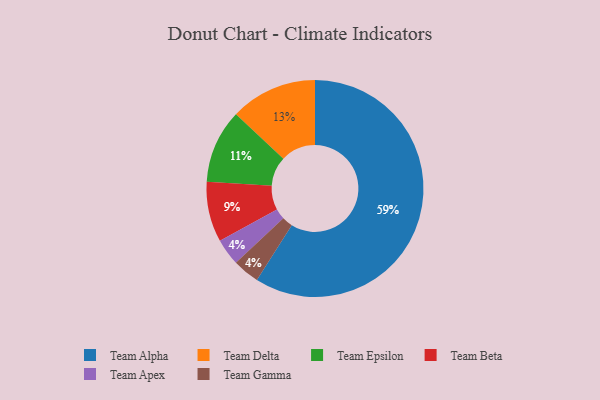
{"axis": {"x": "Category", "y": "Percentage"}, "legend": ["Team Alpha", "Team Apex", "Team Beta", "Team Delta", "Team Epsilon", "Team Gamma"], "data": [{"x": "Team Epsilon", "y": 11, "type": "Team Epsilon"}, {"x": "Team Beta", "y": 9, "type": "Team Beta"}, {"x": "Team Apex", "y": 4, "type": "Team Apex"}, {"x": "Team Alpha", "y": 59, "type": "Team Alpha"}, {"x": "Team Delta", "y": 13, "type": "Team Delta"}, {"x": "Team Gamma", "y": 4, "type": "Team Gamma"}]}